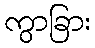
ကွာခြား